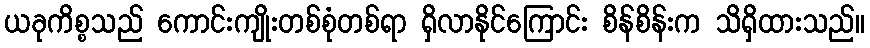
ယခုကိစ္စသည် ကောင်းကျိုးတစ်စုံတစ်ရာ ရှိလာနိုင်ကြောင်း စိန်စိန်းက သိရှိထားသည်။